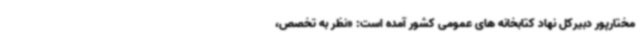
مختارپور دبیرکل نهاد کتابخانه های عمومی کشور آمده است: «نظر به تخصص،